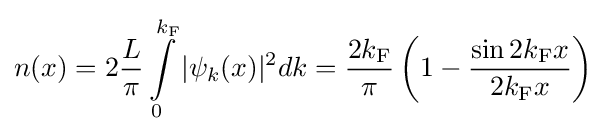
n(x)=2{\frac {L}{\pi }}\int \limits _{0}^{k_{\rm {F}}}|\psi _{k}(x)|^{2}dk={\frac {2k_{\rm {F}}}{\pi }}\left(1-{\frac {\sin 2k_{\rm {F}}x}{2k_{\rm {F}}x}}\right)